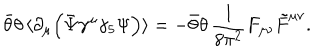
\bar { \theta } \theta \, \langle \partial _ { \mu } \Big ( \bar { \Psi } \gamma ^ { \mu } \gamma _ { 5 } \Psi \Big ) \rangle = - \bar { \theta } \theta \, \frac { 1 } { 8 \pi ^ { 2 } } F _ { \mu \nu } \tilde { F } ^ { \mu \nu } .